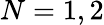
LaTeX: N=1,2